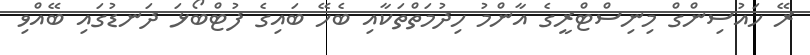
ރޭ ހައުސިންގް މިނިސްޓްރީގެ އާންމު ހިދުމަތްތަކާއި ބެހޭ ބައިގެ ފުޓްބޯޅަ ދަނޑުގައި ބޭއްވި